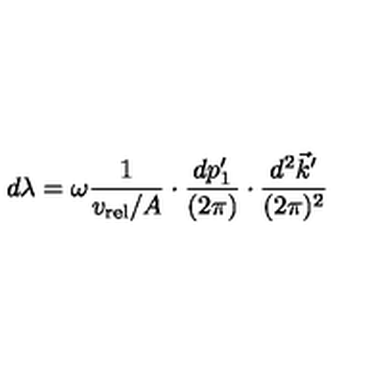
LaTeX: d \lambda = \omega { \frac { 1 } { v _ { \mathrm { r e l } } / A } } \cdot { \frac { d p _ { 1 } ^ { \prime } } { ( 2 \pi ) } } \cdot { \frac { d ^ { 2 } \vec { k } ^ { \prime } } { ( 2 \pi ) ^ { 2 } } }